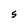
Character: 5